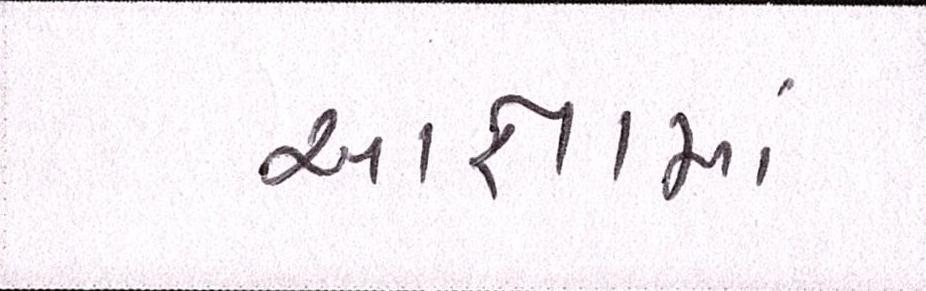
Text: આજ્ઞામાં